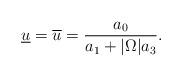
LaTeX: \begin{align*}\underline{u}=\overline{u} =\frac{a_0}{a_1+|\Omega|a_3}.\end{align*}